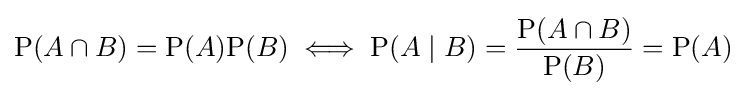
\mathrm {P} (A\cap B)=\mathrm {P} (A)\mathrm {P} (B)\iff \mathrm {P} (A\mid B)={\frac {\mathrm {P} (A\cap B)}{\mathrm {P} (B)}}=\mathrm {P} (A)